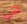
هي